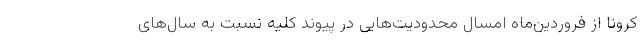
کرونا از فروردین‌ماه امسال محدودیت‌هایی در پیوند کلیه نسبت به سال‌های